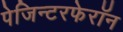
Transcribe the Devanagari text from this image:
पेजिन्टरफेरॉन